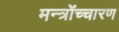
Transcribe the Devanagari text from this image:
मन्त्रोंच्चारण